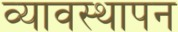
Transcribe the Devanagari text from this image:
व्यावस्थापन